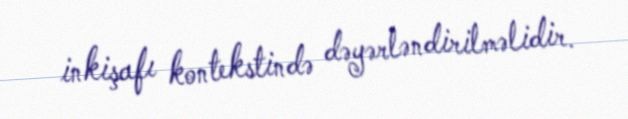
inkişafı kontekstində dəyərləndirilməlidir.